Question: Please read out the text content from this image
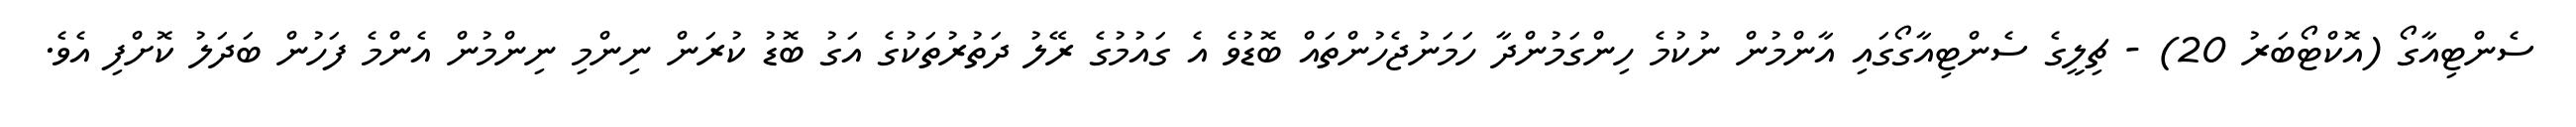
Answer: ސެންޓިއާގޯ (އޮކްޓޯބަރު 20) - ޗިލީގެ ސެންޓިއާގޯގައި އާންމުން ނުކުމެ ހިންގަމުންދާ ހަމަނުޖެހުންތައް ބޮޑުވެ އެ ގައުމުގެ ރޭލު ދަތުރުތަކުގެ އަގު ބޮޑު ކުރަން ނިންމި ނިންމުން އެންމެ ފަހުން ބަދަލު ކޮށްފި އެވެ.